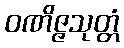
ဝဏိဇ္ဇသုတ္တံ